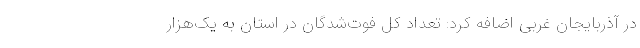
در آذربایجان غربی اضافه کرد: تعداد کل فوت‌شدگان در استان به یک‌هزار